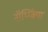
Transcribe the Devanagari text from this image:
नॉर्थ्म्ब्रिया